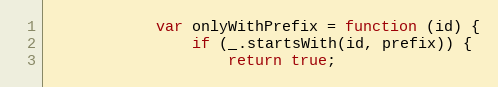
Language: JavaScript
            var onlyWithPrefix = function (id) {
                if (_.startsWith(id, prefix)) {
                    return true;